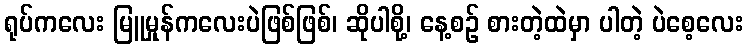
ရုပ်ကလေး မြူမှုန်ကလေးပဲဖြစ်ဖြစ်၊ ဆိုပါစို့၊ နေ့စဉ် စားတဲ့ထဲမှာ ပါတဲ့ ပဲစေ့လေး